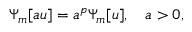
\Psi _ { m } [ a u ] = a ^ { p } \Psi _ { m } [ u ] , \quad a > 0 ,